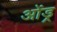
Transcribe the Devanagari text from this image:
ओंड्र